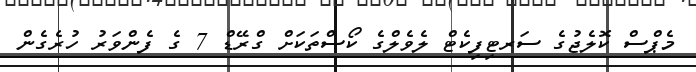
މެޕްސް ކޮލެޖުގެ ސަރޓިފިކެޓް ލެވެލްގެ ކޯސްތަކަށް ގްރޭޑް 7 ގެ ފެންވަރު ހުރެގެން